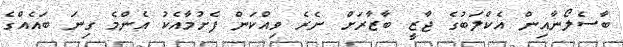
ބާސެލޯނާއިން އެކްލަބުގެ ޖާޒީ ބާޒާރަށް ނެރެ ވިއްކަން ފެށުމާއެކު އެންމެ ގިނަ ބައެއްގެ